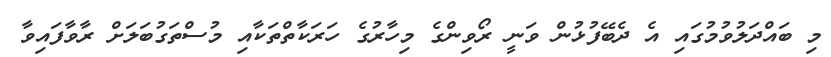
މި ބައްދަލުވުމުގައި އެ ދެބޭފުޅުން ވަނީ ރޯވިންގެ މިހާރުގެ ހަރަކާތްތަކާއި މުސްތަގުބަލަށް ރާވާފައިވާ